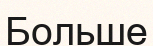
Больше